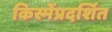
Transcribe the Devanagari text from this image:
किस्मेंप्रदर्शित